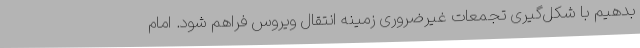
بدهیم با شکل‌گیری تجمعات غیرضروری زمینه انتقال ویروس فراهم شود. امام